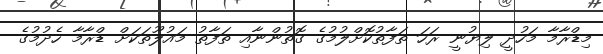
މިޑްރާމާ މަހުދީ ލިޔުނީ ރަހަ ތަފާތުކޮށްލުމުގެ ގޮތުންނާއި ތަފާތު މައުލޫތަކަށް ޑްރާމާ ހެދުމުގެ